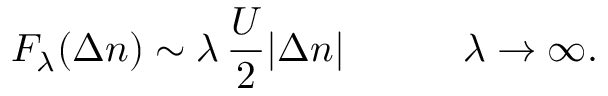
F _ { \lambda } ( \Delta n ) \sim \lambda \, \frac { U } { 2 } | \Delta n | \quad \quad \quad \lambda \to \infty .